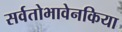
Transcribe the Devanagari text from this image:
सर्वतोभावेनकिया